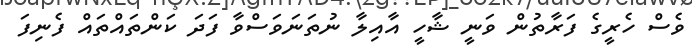
ވެސް ހެރީގެ ފަރާތުން ވަނީ ޝާހީ އާއިލާ ނުތަނަވަސްވާ ފަދަ ކަންތައްތައް ފެނިފަ